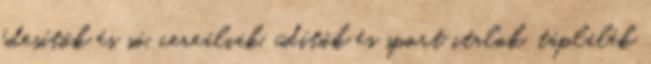
édesítők és só, cereáliák, üdítők és sport italok, táplálék